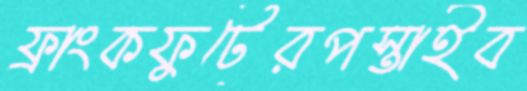
ফ্রাংকফুর্টেরপস্তাইব